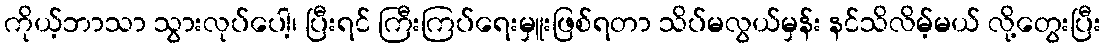
ကိုယ့်ဘာသာ သွားလုပ်ပေါ့၊ ပြီးရင် ကြီးကြပ်ရေးမှူးဖြစ်ရတာ သိပ်မလွယ်မှန်း နင်သိလိမ့်မယ် လို့တွေးပြီး